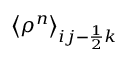
\left< \rho ^ { n } \right> _ { i j - \frac { 1 } { 2 } k }